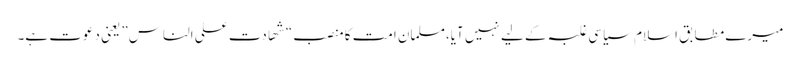
میرے مطابق اسلام سیاسی غلبہ کے لیے نہیں آیا،مسلمان امت کا منصب “شھادت علی الناس” یعنی دعوت ہے۔